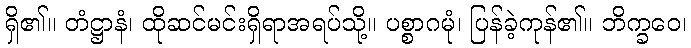
ရှိ၏။ တံဋ္ဌာနံ၊ ထိုဆင်မင်းရှိရာအရပ်သို့။ ပစ္စာဂမုံ၊ ပြန်ခဲ့ကုန်၏။ ဘိက္ခဝေ၊